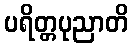
ပရိတ္တပုညာတိ